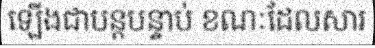
ឡើងជាបន្តបន្ទាប់ ខណៈដែលសារ